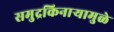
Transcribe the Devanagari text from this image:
समुद्रकिनाऱ्यामुळे